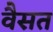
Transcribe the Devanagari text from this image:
वैसत